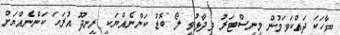
ވާހަކަ ދައްކަވަމުން މިނިސްޓަރު ވިދާޅުވީ ލޯ ބޮޑު ކަންނެއްޔަކީ ރީނދޫ އުރަހަ ކަންނެއްޔަށް